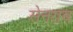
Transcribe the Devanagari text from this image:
सेनराब